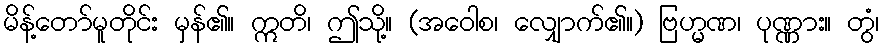
မိန့်တော်မူတိုင်း မှန်၏။ ဣတိ၊ ဤသို့။ (အဝေါစ၊ လျှောက်၏။) ဗြဟ္မဏ၊ ပုဏ္ဏား။ တွံ၊